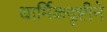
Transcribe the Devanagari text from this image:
धार्मिकदृष्टीने